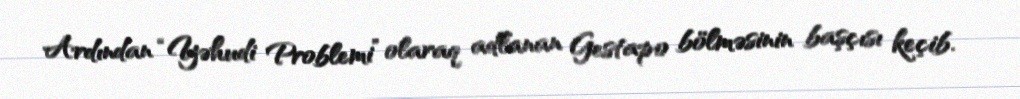
Ardından “Yəhudi Problemi” olaraq adlanan Gestapo bölməsinin başçısı keçib.